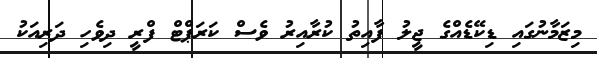
މިޒަމާނުގައި ޑިކޭޑެއްގެ ޖީލު ފާއިތު ކުރާއިރު ވެސް ކަރަޕްޓް ފްރީ ދިވެހި ދަރިއަކު